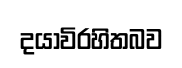
දයාවිරහිතබව